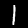
Digit: 1